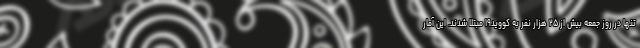
تنها در روز جمعه بیش از ۲۵ هزار نفر به کووید۱۹ مبتلا شدند. این آمار